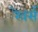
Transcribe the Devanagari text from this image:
रेवर्स